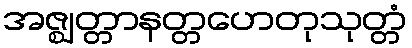
အဇ္ဈတ္တာနတ္တဟေတုသုတ္တံ